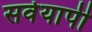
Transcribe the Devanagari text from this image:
सर्वयापी